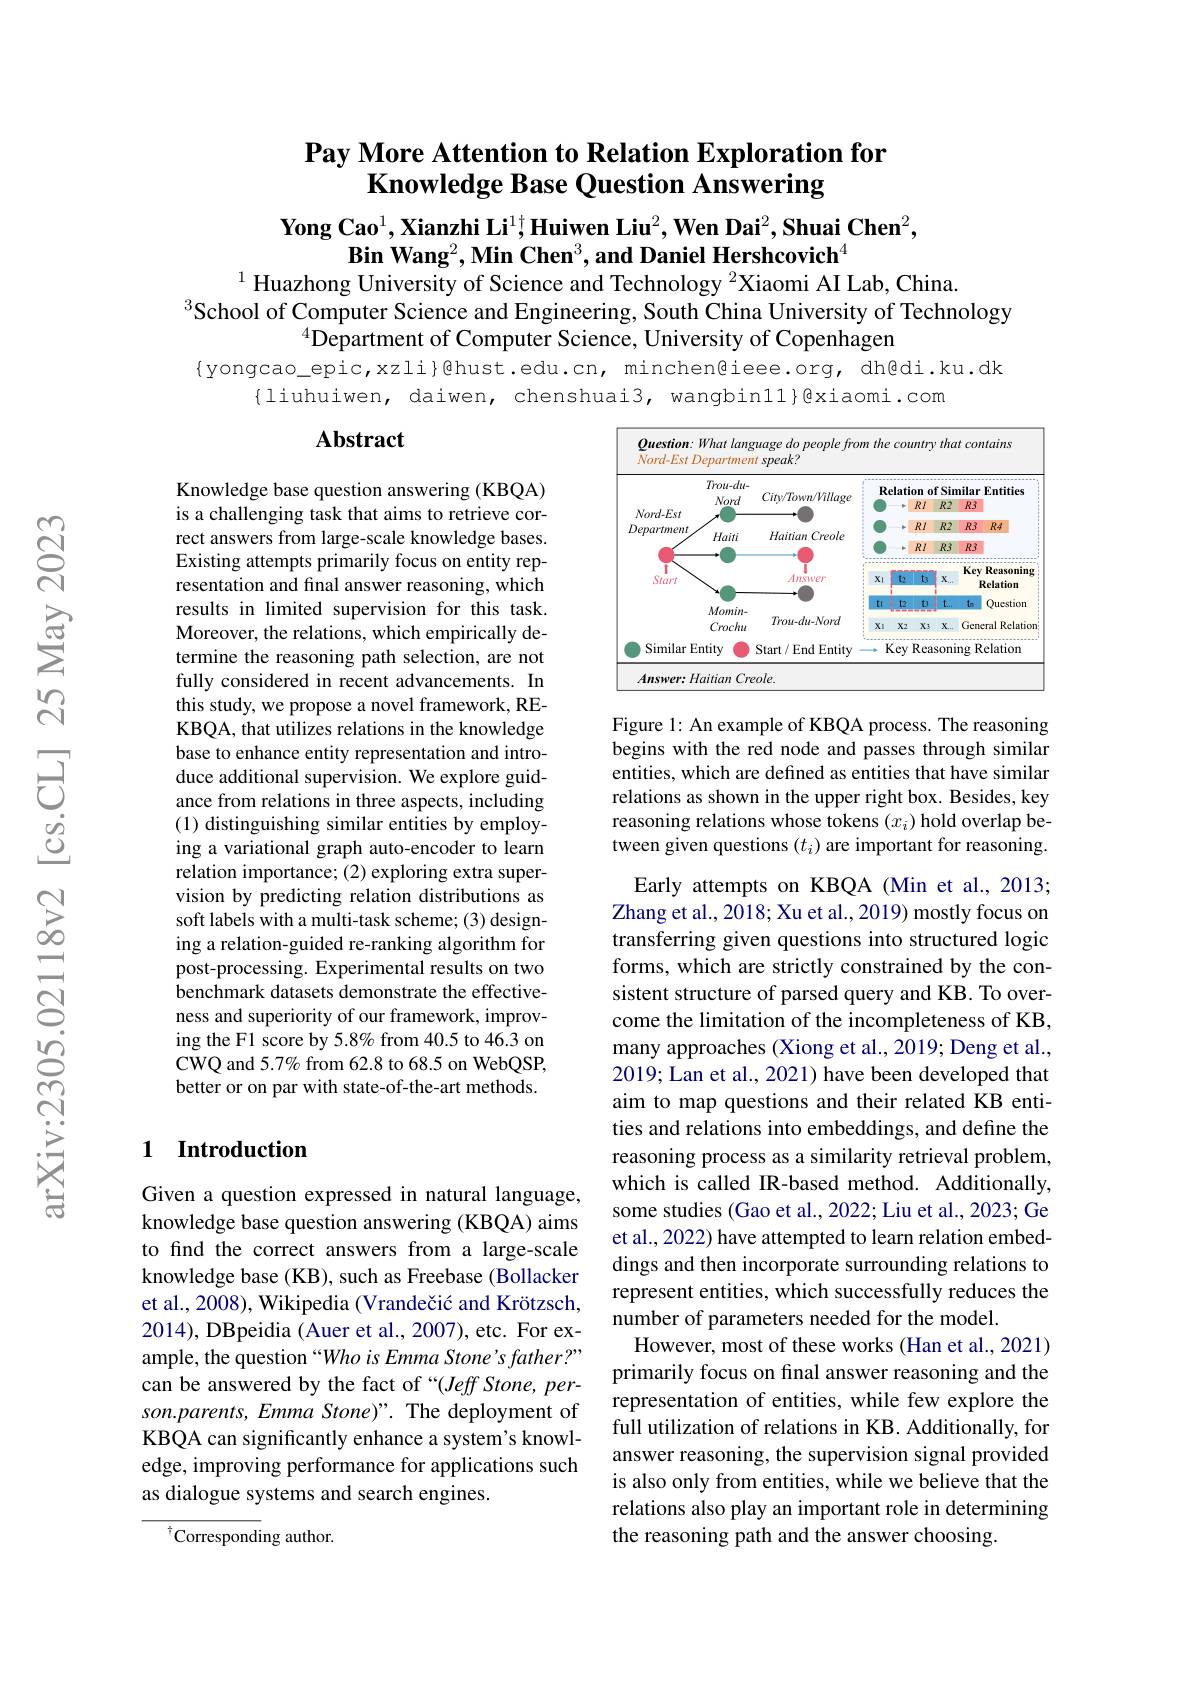
### $\textbf{Pay More Attention to Relation Exploration for}$ Knowledge Base Question Answering

$\textbf{Yong Cao}^1,\textbf{Xianzhi Li}^{1\dagger};\textbf{Huiwen Liu}^2,\textbf{Wen Dai}^2,\textbf{Shuai Chen}^2$,
$\textbf{Bin Wang}^2,\textbf{Min Chen}^3,\textbf{and Daniel Hershcovich}^4$
$^{1}$ Huazhong University of Science and Technology $^{2}$Xiaomi AI Lab, China.

$^{3}$School of Computer Science and Engineering, South China University of Technology
$^{4}$Department of Computer Science, University of Copenhagen
{yongcao\_epic,xzli}@hust.edu.cn, minchen@ieee.org, dh@di.ku.dk
$\{$liuhuiwen, daiwen, chenshuai3, wangbin11}色xiaomi.com

## Abstract

<FigureHere>

Figure 1: An example of KBQA process. The reasoning begins with the red node and passes through similar entities, which are defined as entities that have similar relations as shown in the upper right box. Besides, key reasoning relations whose tokens $(x_i)$ hold overlap between given questions $(t_i)$ are important for reasoning.

Knowledge base question answering (KBQA) is a challenging task that aims to retrieve correct answers from large-scale knowledge bases. Existing attempts primarily focus on entity representation and final answer reasoning, which results in limited supervision for this task. Moreover, the relations, which empirically determine the reasoning path selection, are not fully considered in recent advancements. In this study, we propose a novel framework, REKBQA, that utilizes relations in the knowledge base to enhance entity representation and introduce additional supervision. We explore guidance from relations in three aspects, including (1) distinguishing similar entities by employing a variational graph auto-encoder to learn relation importance; (2) exploring extra supervision by predicting relation distributions as soft labels with a multi-task scheme; (3) designing a relation-guided re-ranking algorithm for post-processing. Experimental results on two benchmark datasets demonstrate the effectiveness and superiority of our framework, improving the F1 score by 5.8% from 40.5 to 46.3 on CWQ and 5.7% from 62.8 to 68.5 on WebQSP, better or on par with state-of-the-art methods.

Early attempts on KBQA (Min et al., 2013; Zhang et al., 2018; Xu et al., 2019) mostly focus on transferring given questions into structured logic forms, which are strictly constrained by the consistent structure of parsed query and KB. To overcome the limitation of the incompleteness of KB, many approaches (Xiong et al., 2019; Deng et al., 2019; Lan et al., 2021) have been developed that aim to map questions and their related KB entities and relations into embeddings, and define the reasoning process as a similarity retrieval problem, which is called IR-based method. Additionally, some studies (Gao et al., 2022; Liu et al., 2023; Ge et al., 2022) have attempted to learn relation embeddings and then incorporate surrounding relations to represent entities, which successfully reduces the number of parameters needed for the model.
However, most of these works (Han et al., 2021) primarily focus on final answer reasoning and the representation of entities, while few explore the full utilization of relations in KB. Additionally, for answer reasoning, the supervision signal provided is also only from entities, while we believe that the relations also play an important role in determining the reasoning path and the answer choosing.

### 1 Introduction

Given a question expressed in natural language, knowledge base question answering (KBQA) aims to find the correct answers from a large-scale knowledge base (KB), such as Freebase (Bollacker et al., 2008), Wikipedia ( Vrandečić and Krötzsch, 2014), DBpeidia (Auer et al., 2007), etc. For example, the question “Who is Emma Stone's father?” can be answered by the fact of “(Jeff Stone, person.parents, Emma Stone)". The deployment of KBQA can significantly enhance a system's knowledge, improving performance for applications such as dialogue systems and search engines.

$^{\dagger}$Corresponding author.